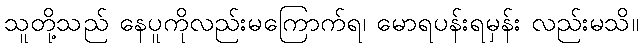
သူတို့သည် နေပူကိုလည်းမကြောက်ရ၊ မောရပန်းရမှန်း လည်းမသိ။